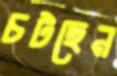
চটছেন